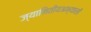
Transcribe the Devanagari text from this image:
ज्यामितीयअभ्यासों